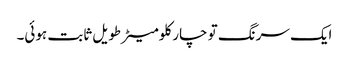
ایک سرنگ تو چار کلومیٹرطویل ثابت ہوئی۔